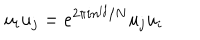
u _ { i } u _ { j } = e ^ { 2 \pi i n ^ { i j } / N } u _ { j } u _ { i }